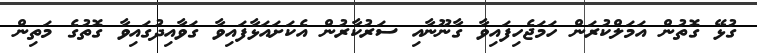
ގުޅޭ ގޮތުން އަމަލްކުރަން ހަމަޖެހިފައިވާ ގާނޫނާއި ސަރުކާރުން އެކަށައަޅާފައިވާ ގަވާއިދުގައިވާ ގޮތުގެ މަތިން